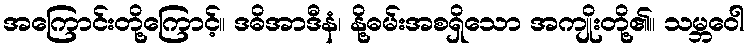
အကြောင်းတို့ကြောင့်။ ဒဓိအာဒီနံ၊ နို့ဓမ်းအစရှိသော အကျိုးတို့၏။ သမ္ဘဝေါ